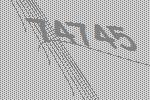
74745